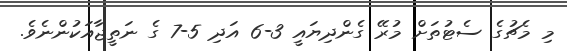
މި މެޗުގެ ސެޓުތަށް މުރޭ ގެންދިޔައީ 3-6 އަދި 5-7 ގެ ނަތީޖާއަކުންނެވެ.